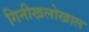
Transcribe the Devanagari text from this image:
गिनीखलोखाल